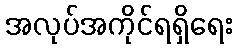
အလုပ်အကိုင်ရရှိရေး